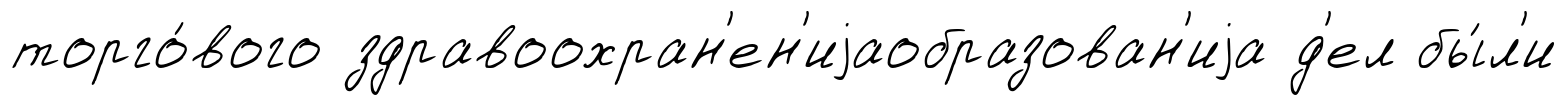
торго́вого здравоохран'ен'иjаобразован'иjа д'ел бы́л'и